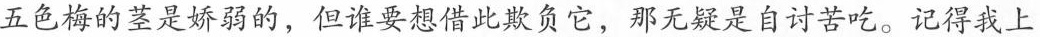
五色梅的茎是娇弱的，但谁要想借此欺负它，那无疑是自讨苦吃。记得我上